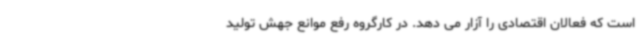
است که فعالان اقتصادی را آزار می دهد. در کارگروه رفع موانع جهش تولید